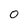
Character: 0